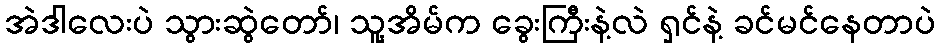
အဲဒါလေးပဲ သွားဆွဲတော်၊ သူ့အိမ်က ခွေးကြီးနဲ့လဲ ရှင်နဲ့ ခင်မင်နေတာပဲ